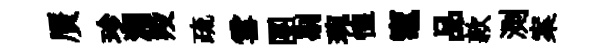
贋珍淵羖疏雪團剔琬惶竈品款測案